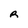
Character: R